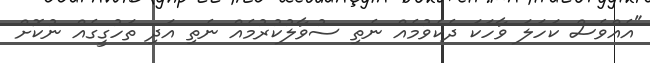
"އެއްވެސް ކަހަލަ ވާހަކަ ދެކެވުމެއް ނެތި ސުވާލުކުރުމެއް ނެތި އަދި ތަހުގީގެއް ނުކޮށް